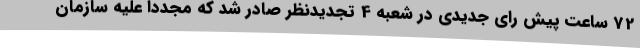
72 ساعت پیش رای جدیدی در شعبه 4 تجدیدنظر صادر شد که مجددا علیه سازمان